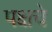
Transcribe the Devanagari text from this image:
पक्षचे